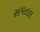
સમતલ